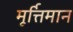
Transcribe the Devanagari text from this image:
मूर्त्तिमान